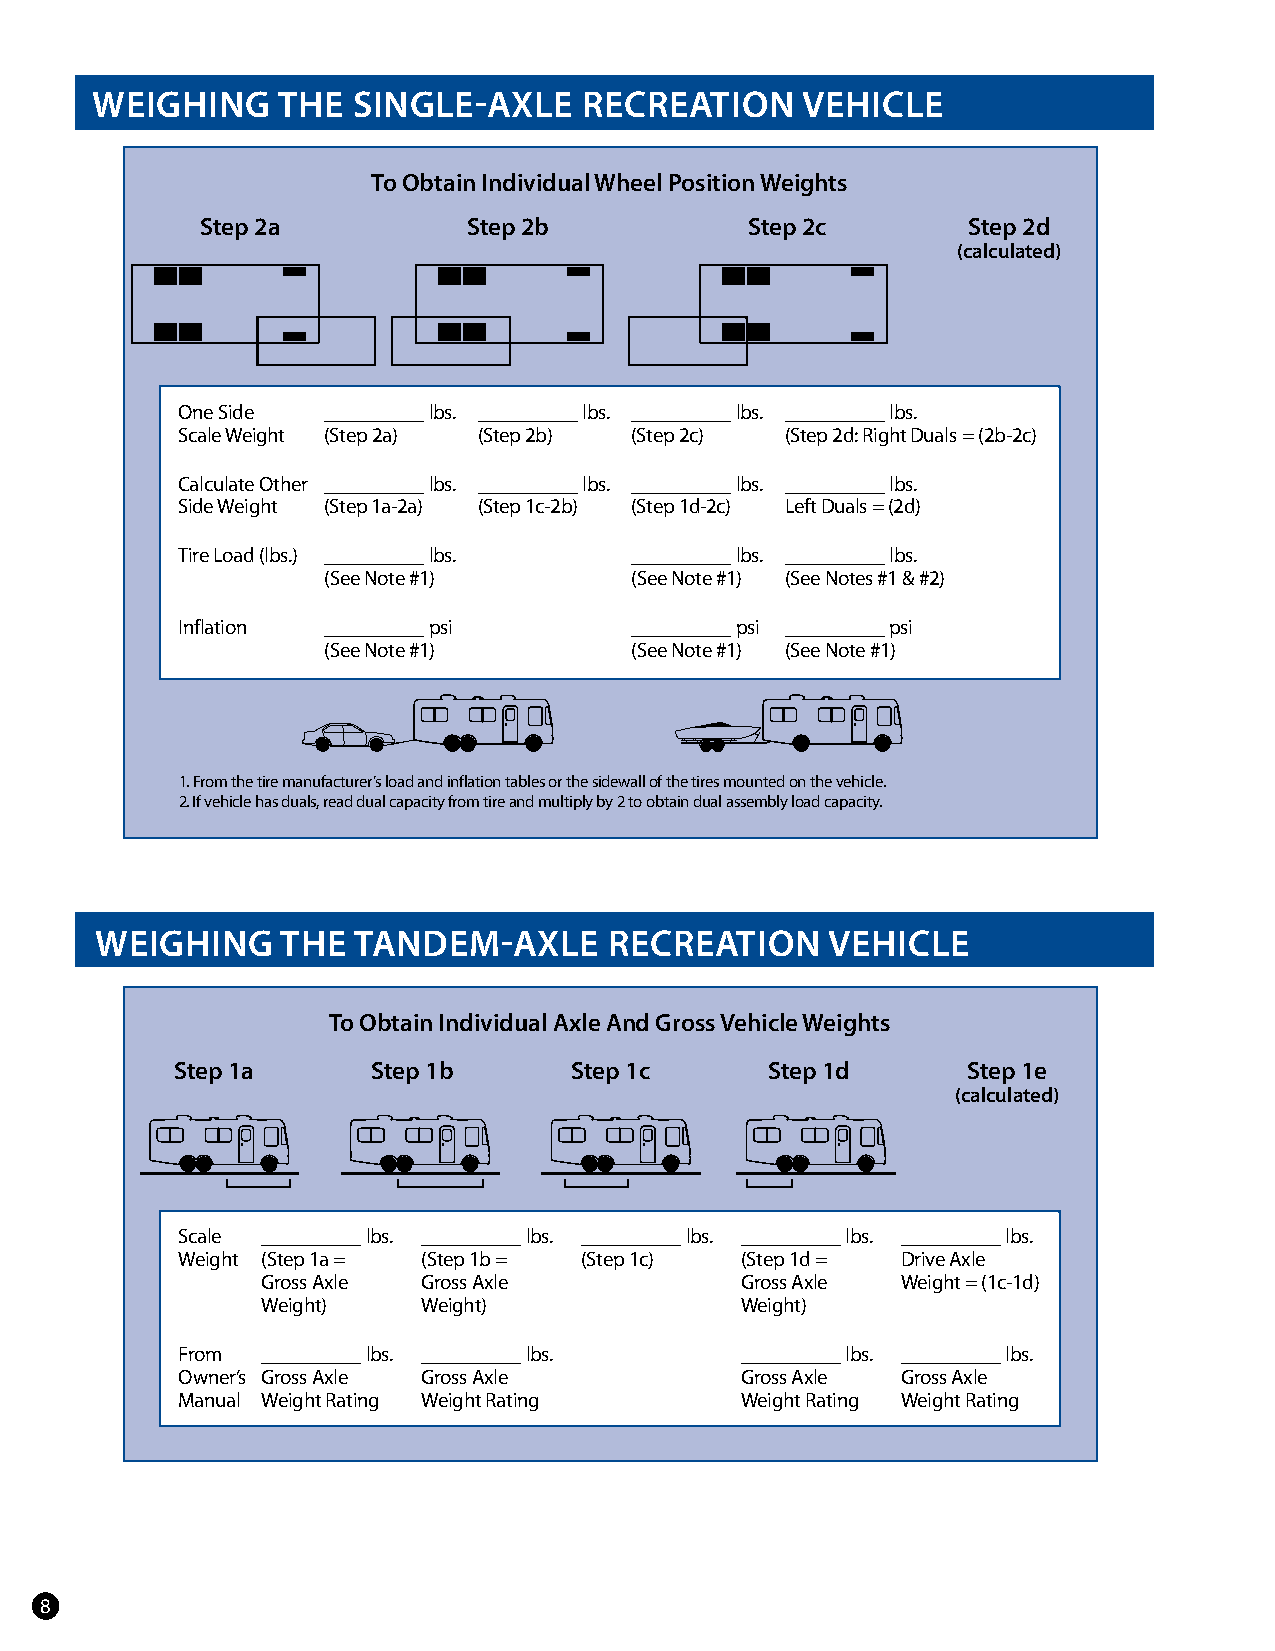
WeIGHInG    THe  sInGle-aXle     ReCReaTIon    VeHICle
 To obtain Individual Wheel Position Weights
 step 2a           step 2b            step 2c       step 2d
 (calculated)
 One Side __________ lbs. __________ lbs. __________ lbs. __________ lbs.
 Scale Weight (Step 2a) (Step 2b) (Step 2c) (Step 2d: Right Duals = (2b-2c)
 Calculate Other __________ lbs. __________ lbs. __________ lbs. __________ lbs.
 Side Weight (Step 1a-2a) (Step 1c-2b) (Step 1d-2c) Left Duals = (2d)
 Tire Load (lbs.) __________ lbs. __________ lbs. __________ lbs.
 (See Note #1)        (See Note #1) (See Notes #1 & #2)
 Inflation __________ psi      __________ psi __________ psi
 (See Note #1)        (See Note #1) (See Note #1)
 1. From the tire manufacturer’s load and inflation tables or the sidewall of the tires mounted on the vehicle.
 2. If vehicle has duals, read dual capacity from tire and multiply by 2 to obtain dual assembly load capacity.
 WeIGHInG     THe TandeM-aXle      ReCReaTIon     VeHICle
 To obtain Individual axle and Gross Vehicle Weights
 step 1a      step 1b      step 1c      step 1d      step 1e
 (calculated)
 Scale __________ lbs. __________ lbs. __________ lbs. __________ lbs. __________ lbs.
 Weight (Step 1a = (Step 1b = (Step 1c) (Step 1d = Drive Axle
 Gross Axle Gross Axle           Gross Axle Weight = (1c-1d)
 Weight)    Weight)              Weight)
 From __________ lbs. __________ lbs. __________ lbs. __________ lbs.
 Owner’s Gross Axle Gross Axle        Gross Axle Gross Axle
 Manual Weight Rating Weight Rating   Weight Rating Weight Rating
 8